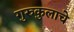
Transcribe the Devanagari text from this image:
गुरुकुलाचे